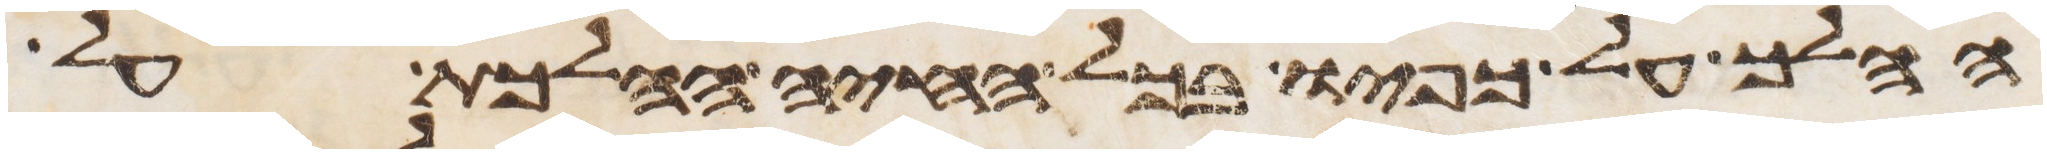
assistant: ההלך על כפיו בכל החיה ההלכת על